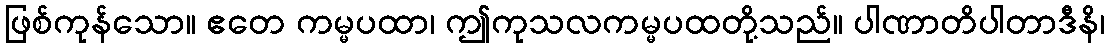
ဖြစ်ကုန်သော။ ဧတေ ကမ္မပထာ၊ ဤကုသလကမ္မပထတို့သည်။ ပါဏာတိပါတာဒီနိ၊